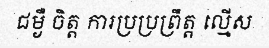
ជម្ងឺ ចិត្ត ការប្រប្រព្រឹត្ត ល្មើស